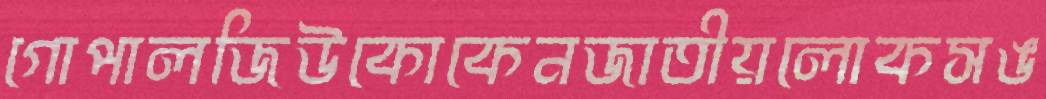
গোপালজিউকোকেনজাতীয়লোকসঙ